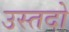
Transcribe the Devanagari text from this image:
उस्तदो